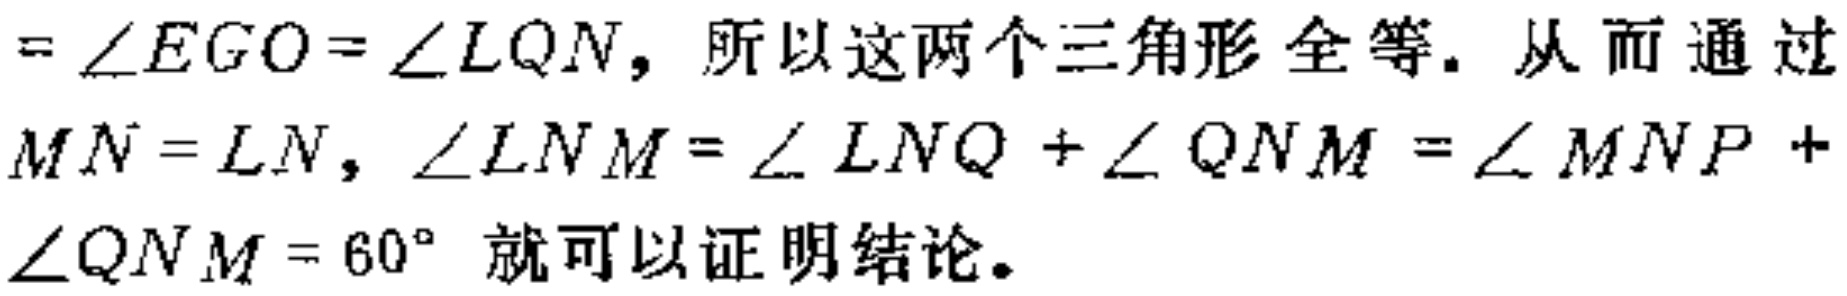
$= \angle EGO = \angle LQN, 所以这两个三角形全等. 从而通过\\ MN = LN, \angle LNM = \angle LNQ + \angle QNM = \angle MNP + \\ \angle QNM = 60^{\circ} 就可以证明结论.$